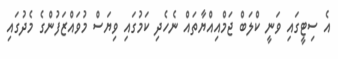
އެ ސިޓީގައި ވަނީ ކްލަބް ޖަމްއިއްޔާތައް ނެހެދި ކަމުގައި ވިޔަސް މުވައްޒަފުންގެ މެދުގައި